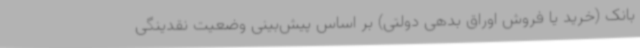
بانک (خرید یا فروش اوراق بدهی دولتی) بر اساس پیش‌بینی وضعیت نقدینگی